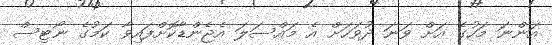
އަންނަ މަހުގެ އަށް ވަނަ ދުވަހަށް އެ މައްސަލަ އެޖެންޑާކޮށްފައިވާ ކަމުގެ ނޯޓިސް